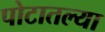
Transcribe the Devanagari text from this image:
पोटातल्या